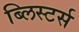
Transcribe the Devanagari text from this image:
ब्लिस्टर्स